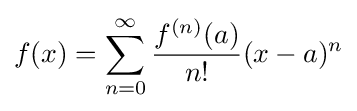
f(x)=\sum _{n=0}^{\infty }{\frac {f^{(n)}(a)}{n!}}(x-a)^{n}